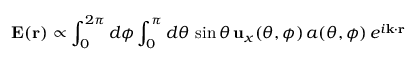
\mathbf { E } ( \mathbf { r } ) \propto \int _ { 0 } ^ { 2 \pi } d \phi \int _ { 0 } ^ { \pi } d \theta \, \sin \theta \, \mathbf { u } _ { x } ( \theta , \phi ) \, a ( \theta , \phi ) \, e ^ { i \mathbf { k } \cdot \mathbf { r } }